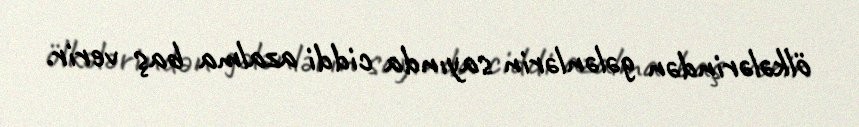
ölkələrindən gələnlərin sayında ciddi azalma baş verir.